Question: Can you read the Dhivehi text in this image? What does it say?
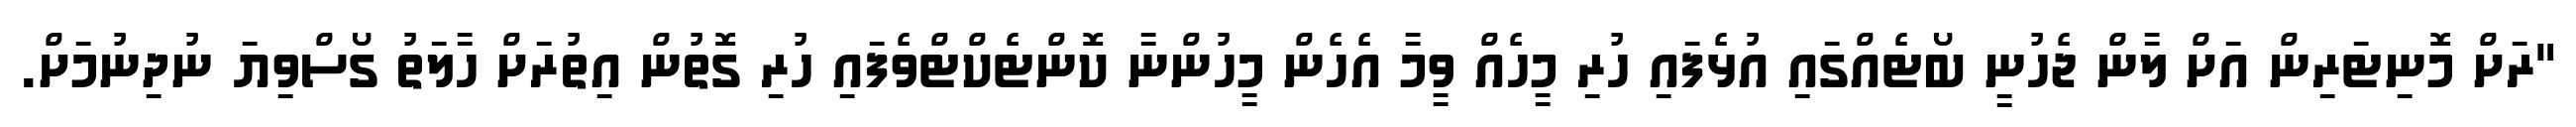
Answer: "ރަށް މޮނިޓަރިން އަށް ލާން ޖެހުނީ ބޯޓެއްގައި އުޅެފައި ހުރި މީހެއް ވީމާ އެހެން މީހުންނާ ކޮންޓެކްޓްވެފައި ހުރި ގޮތުން އިތުރަށް ހާލަތު ގޯސްވިޔަ ނުދިނުމަށް.